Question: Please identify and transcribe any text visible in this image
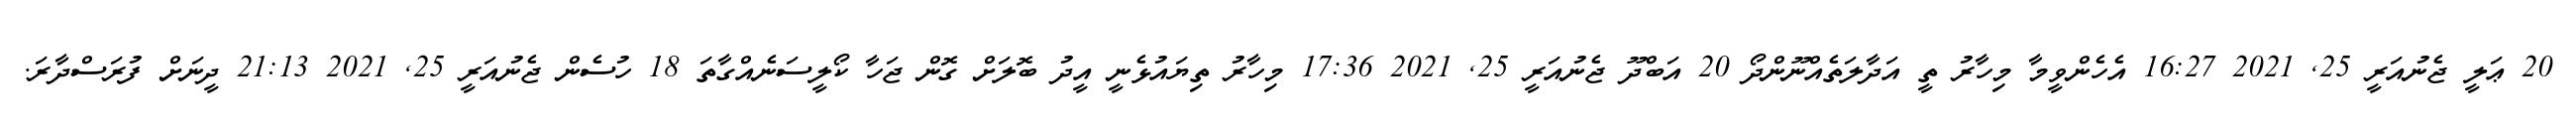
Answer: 20 ޢަލީ ޖެނުއަރީ 25, 2021 16:27 އެހެންވީމާ މިހާރު ތީ އަދާލަތެއްނޫންދޯ 20 އަބްދޫ ޖެނުއަރީ 25, 2021 17:36 މިހާރު ތިޔައުޅެނީ އީދު ބޮލަށް ގޮން ޖަހާ ކޯލީސަނެއްގާތަ 18 ހުސެން ޖެނުއަރީ 25, 2021 21:13 ދީނަށް ފުރަސްދާރަ.